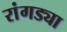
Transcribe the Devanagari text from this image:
रांगड्या